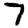
Digit: 7